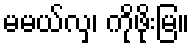
မမယ်လှ၊ ကိုဖိုးမြ။